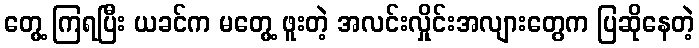
တွေ့ ကြရပြီး ယခင်က မတွေ့ ဖူးတဲ့ အလင်းလှိုင်းအလျားတွေက ပြဆိုနေတဲ့